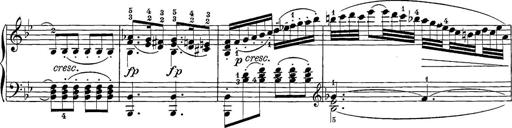
Title: 12 Sonatine per Pianoforte
Composer: Friedrich Kuhlau